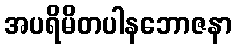
အပရိမိတပါနဘောဇနာ